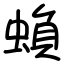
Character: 蝜